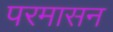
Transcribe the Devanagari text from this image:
परमासन